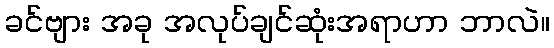
ခင်ဗျား အခု အလုပ်ချင်ဆုံးအရာဟာ ဘာလဲ။